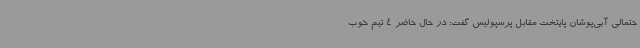
حتمالی آبی‌پوشان پایتخت مقابل پرسپولیس گفت: در حال حاضر 4 تیم خوب